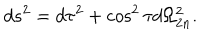
d s ^ { 2 } = d \tau ^ { 2 } + \cos ^ { 2 } \tau d \Omega _ { 2 n } ^ { 2 } .